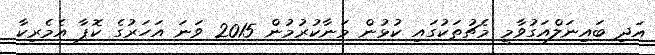
އަދި ބައިނަލްއަގުވާމީ މެޗުތަކުގައި ކުޅުން މަނާކުރުމުން 2015 ވަނަ އަހަރުގެ ކޮޕާ އެމެރިކާ